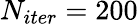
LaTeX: N_{iter}=200